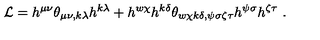
{ \cal L } = h ^ { \mu \nu } \theta _ { \mu \nu , k \lambda } h ^ { k \lambda } + h ^ { w \chi } h ^ { k \delta } \theta _ { w \chi k \delta , \psi \sigma \zeta \tau } h ^ { \psi \sigma } h ^ { \zeta \tau } \ .